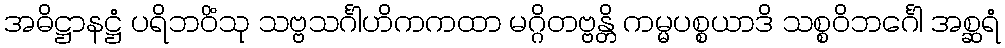
အဓိဋ္ဌာနဋ္ဌံ ပရိဘဝိံသု သဗ္ဗသင်္ဂါဟိကကထာ မဂ္ဂိတဗ္ဗန္တိ ကမ္မပစ္စယာဒိ သစ္စဝိဘင်္ဂေါ အစ္ဆရံ